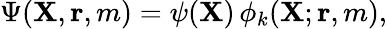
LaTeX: \Psi({\mathbf{X}},{\mathbf{r}},m)=\psi({\mathbf{X}})\, \phi_{k}({\mathbf{X}};{\mathbf{r}},m),